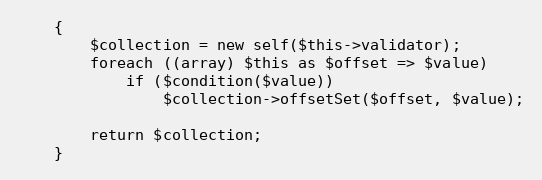
Language: PHP
	{
		$collection = new self($this->validator);
		foreach ((array) $this as $offset => $value)
			if ($condition($value))
				$collection->offsetSet($offset, $value);

		return $collection;
	}